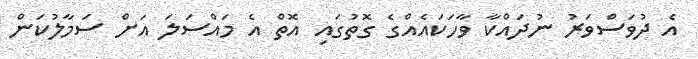
އެ ދުވަސްވަރު ނުދައްކާ ވާހަކައެއްގެ ގޮތުގައި އޮތް އެ މައްސަލަ އަށް ސަމާލުކަން